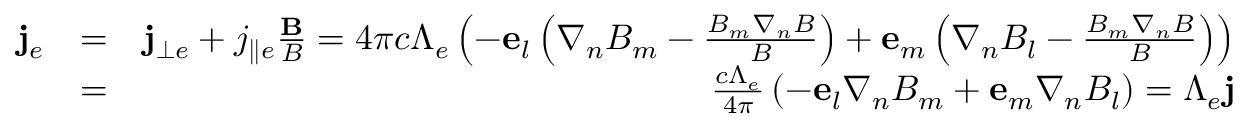
\begin{array} { r l r } { { \bf j } _ { e } } & { = } & { { \bf j } _ { \bot e } + j _ { \parallel e } \frac { { \bf B } } { B } = 4 \pi c \Lambda _ { e } \left( { - { \bf e } _ { l } \left( { \nabla _ { n } B _ { m } - \frac { { B _ { m } \nabla _ { n } B } } { B } } \right) + { \bf e } _ { m } \left( { \nabla _ { n } B _ { l } - \frac { { B _ { m } \nabla _ { n } B } } { B } } \right) } \right) } \\ & { = } & { \frac { c \Lambda _ { e } } { 4 \pi } \left( { - { \bf e } _ { l } \nabla _ { n } B _ { m } + { \bf e } _ { m } \nabla _ { n } B _ { l } } \right) = \Lambda _ { e } { \bf j } } \end{array}